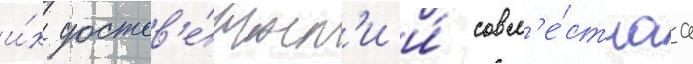
и́х достов'е́рност'и и́ совм'е́стнаа